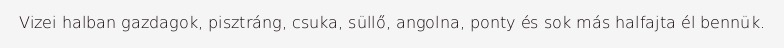
Vizei halban gazdagok, pisztráng, csuka, süllő, angolna, ponty és sok más halfajta él bennük.